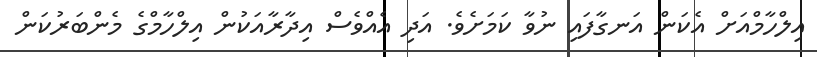
އިލްހާމްއަށް އެކަން އަނގާފައި ނުވާ ކަމަށެވެ. އަދި އެއްވެސް އިދާރާއަކުން އިލްހާމްގެ މެންބަރުކަން